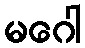
မဂေါ